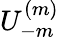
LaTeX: U_{-m}^{(m)}